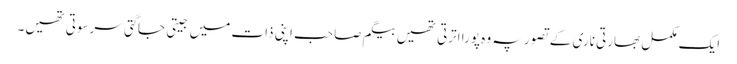
ایک مکمل بھارتی ناری کے تصور پہ وہ پورا اترتی تھیں بیگم صاحب اپنی ذات میں جیتی جاگتی سرسوتی تھیں۔